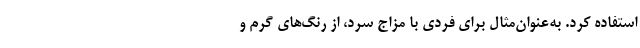
استفاده کرد. به‌عنوان‌مثال برای فردی با مزاج سرد، از رنگ‌های گرم و